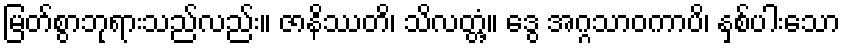
မြတ်စွာဘုရားသည်လည်း။ ဇာနိဿတိ၊ သိလတ္တံ့။ ဒွေ အဂ္ဂသာဝကာပိ၊ နှစ်ပါးသော